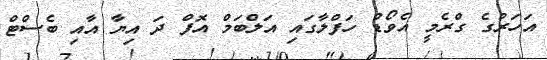
އަހަރުގެ ގްރެމީ އެވޯޑް ހަފްލާގައި އަލްބަމް އޮފް ދަ އިޔާ އާއި ބެސްޓް